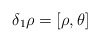
\begin{align*}\delta_1 \rho = [\rho,\theta]\end{align*}